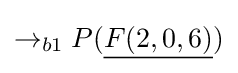
\rightarrow _{b1}P({\underline {F(2,0,6)}})